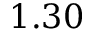
1 . 3 0